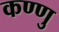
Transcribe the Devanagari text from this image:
कण्णु